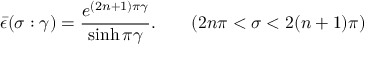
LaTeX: \bar { \epsilon } ( \sigma : \gamma ) = \frac { e ^ { ( 2 n + 1 ) \pi \gamma } } { \sinh \pi \gamma } . \qquad ( 2 n \pi < \sigma < 2 ( n + 1 ) \pi )